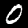
Digit: 0